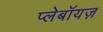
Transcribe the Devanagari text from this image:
प्लेबॉयज़